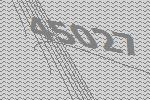
45027